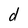
Character: d